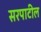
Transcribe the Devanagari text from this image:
सरपाटील